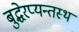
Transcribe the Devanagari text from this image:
बुद्धेरप्यन्तस्थं